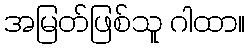
အမြတ်ဖြစ်သူ ဂါထာ။